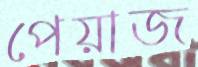
পেয়াজ